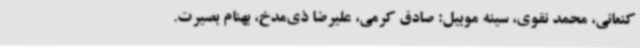
کنعانی، محمد نقوی، سینه موبیل: صادق کرمی، علیرضا ذی‌مدخ، بهنام بصیرت.